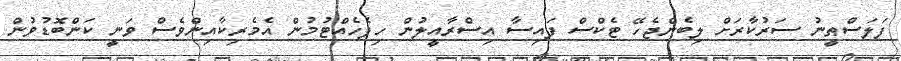
ފަލަސްޠީނު ސަރުކާރަށް ލިބެންޖެހޭ ޓެކްސް ފައިސާ އިސްރާއީލުން ހިފެހެއްޓުމުން އެމެރިކާއިންވެސް ވަނީ ކަންބޮޑުވުން